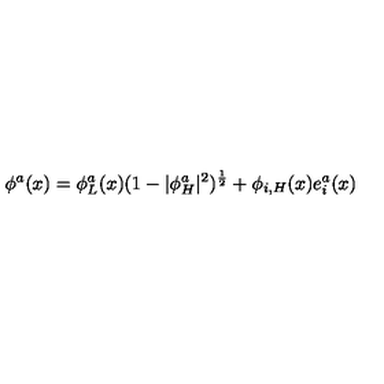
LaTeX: \phi ^ { a } ( x ) = \phi _ { L } ^ { a } ( x ) ( 1 - | \phi _ { H } ^ { a } | ^ { 2 } ) ^ { \frac { 1 } { 2 } } + \phi _ { i , H } ( x ) e _ { i } ^ { a } ( x )